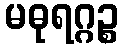
မဓုရဂ္ဂဉ္စ